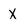
Character: X